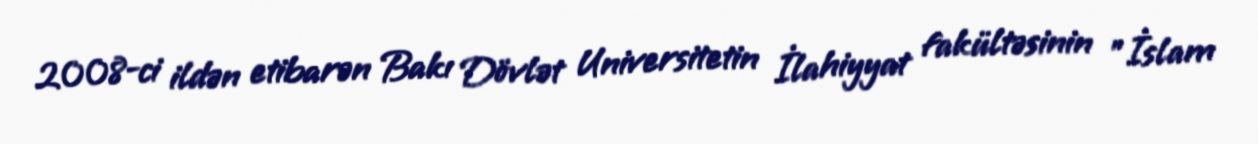
2008-ci ildən etibarən Bakı Dövlət Universitetin İlahiyyat fakültəsinin "İslam